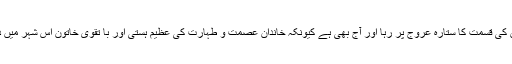
قم والوں کی قسمت کا ستارہ عروج پر رہا اور آج بھی ہے کیونکہ خاندان عصمت و طہارت کی عظیم ہستی اور با تقوی خاتون اس شہر میں دفن ہیں۔